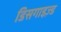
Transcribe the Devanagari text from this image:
डिसगाइज़्ड